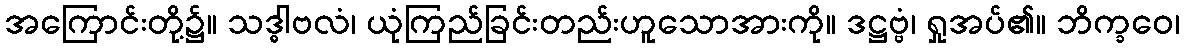
အကြောင်းတို့၌။ သဒ္ဓါဗလံ၊ ယုံကြည်ခြင်းတည်းဟူသောအားကို။ ဒဋ္ဌဗ္ဗံ၊ ရှုအပ်၏။ ဘိက္ခဝေ၊